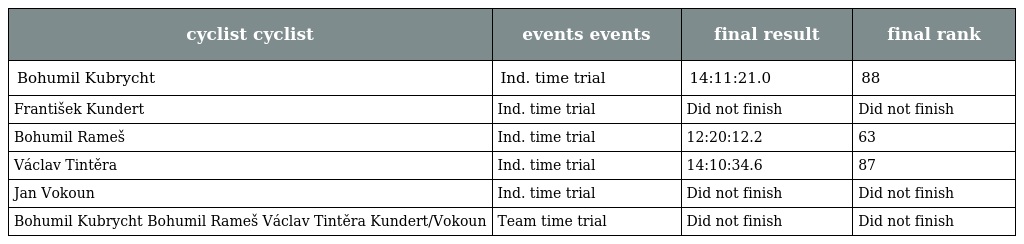
| cyclist cyclist | events events | final result | final rank |
 | --- | --- | --- | --- |
 | Bohumil Kubrycht | Ind. time trial | 14:11:21.0 | 88 |
 | František Kundert | Ind. time trial | Did not finish | Did not finish |
 | Bohumil Rameš | Ind. time trial | 12:20:12.2 | 63 |
 | Václav Tintěra | Ind. time trial | 14:10:34.6 | 87 |
 | Jan Vokoun | Ind. time trial | Did not finish | Did not finish |
 | Bohumil Kubrycht Bohumil Rameš Václav Tintěra Kundert/Vokoun | Team time trial | Did not finish | Did not finish |